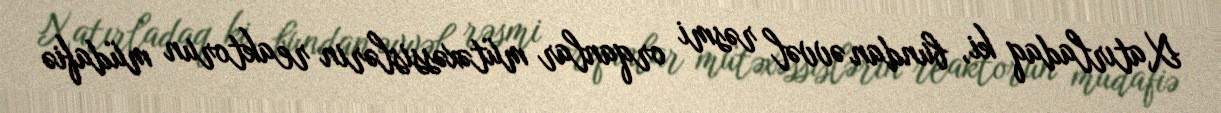
Xatırladaq ki, bundan əvvəl rəsmi orqanlar mütəxəssislərin reaktorun müdafiə